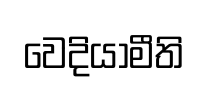
වෙදියාමීති